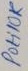
Text: Poti10K